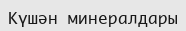
Күшән минералдары